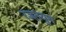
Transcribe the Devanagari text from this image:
रजतयुग